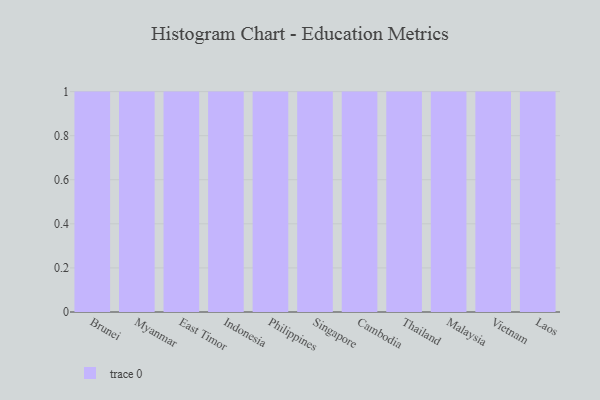
{"axis": {"x": "Country", "y": "Backlog"}, "legend": [""], "data": [{"x": "Brunei", "y": 55, "type": ""}, {"x": "Myanmar", "y": 95, "type": ""}, {"x": "East Timor", "y": 42, "type": ""}, {"x": "Indonesia", "y": 3, "type": ""}, {"x": "Philippines", "y": 50, "type": ""}, {"x": "Singapore", "y": 93, "type": ""}, {"x": "Cambodia", "y": 27, "type": ""}, {"x": "Thailand", "y": 83, "type": ""}, {"x": "Malaysia", "y": 35, "type": ""}, {"x": "Vietnam", "y": 25, "type": ""}, {"x": "Laos", "y": 25, "type": ""}]}